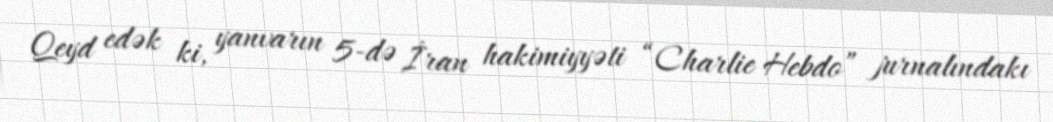
Qeyd edək ki, yanvarın 5-də İran hakimiyyəti “Charlie Hebdo” jurnalındakı